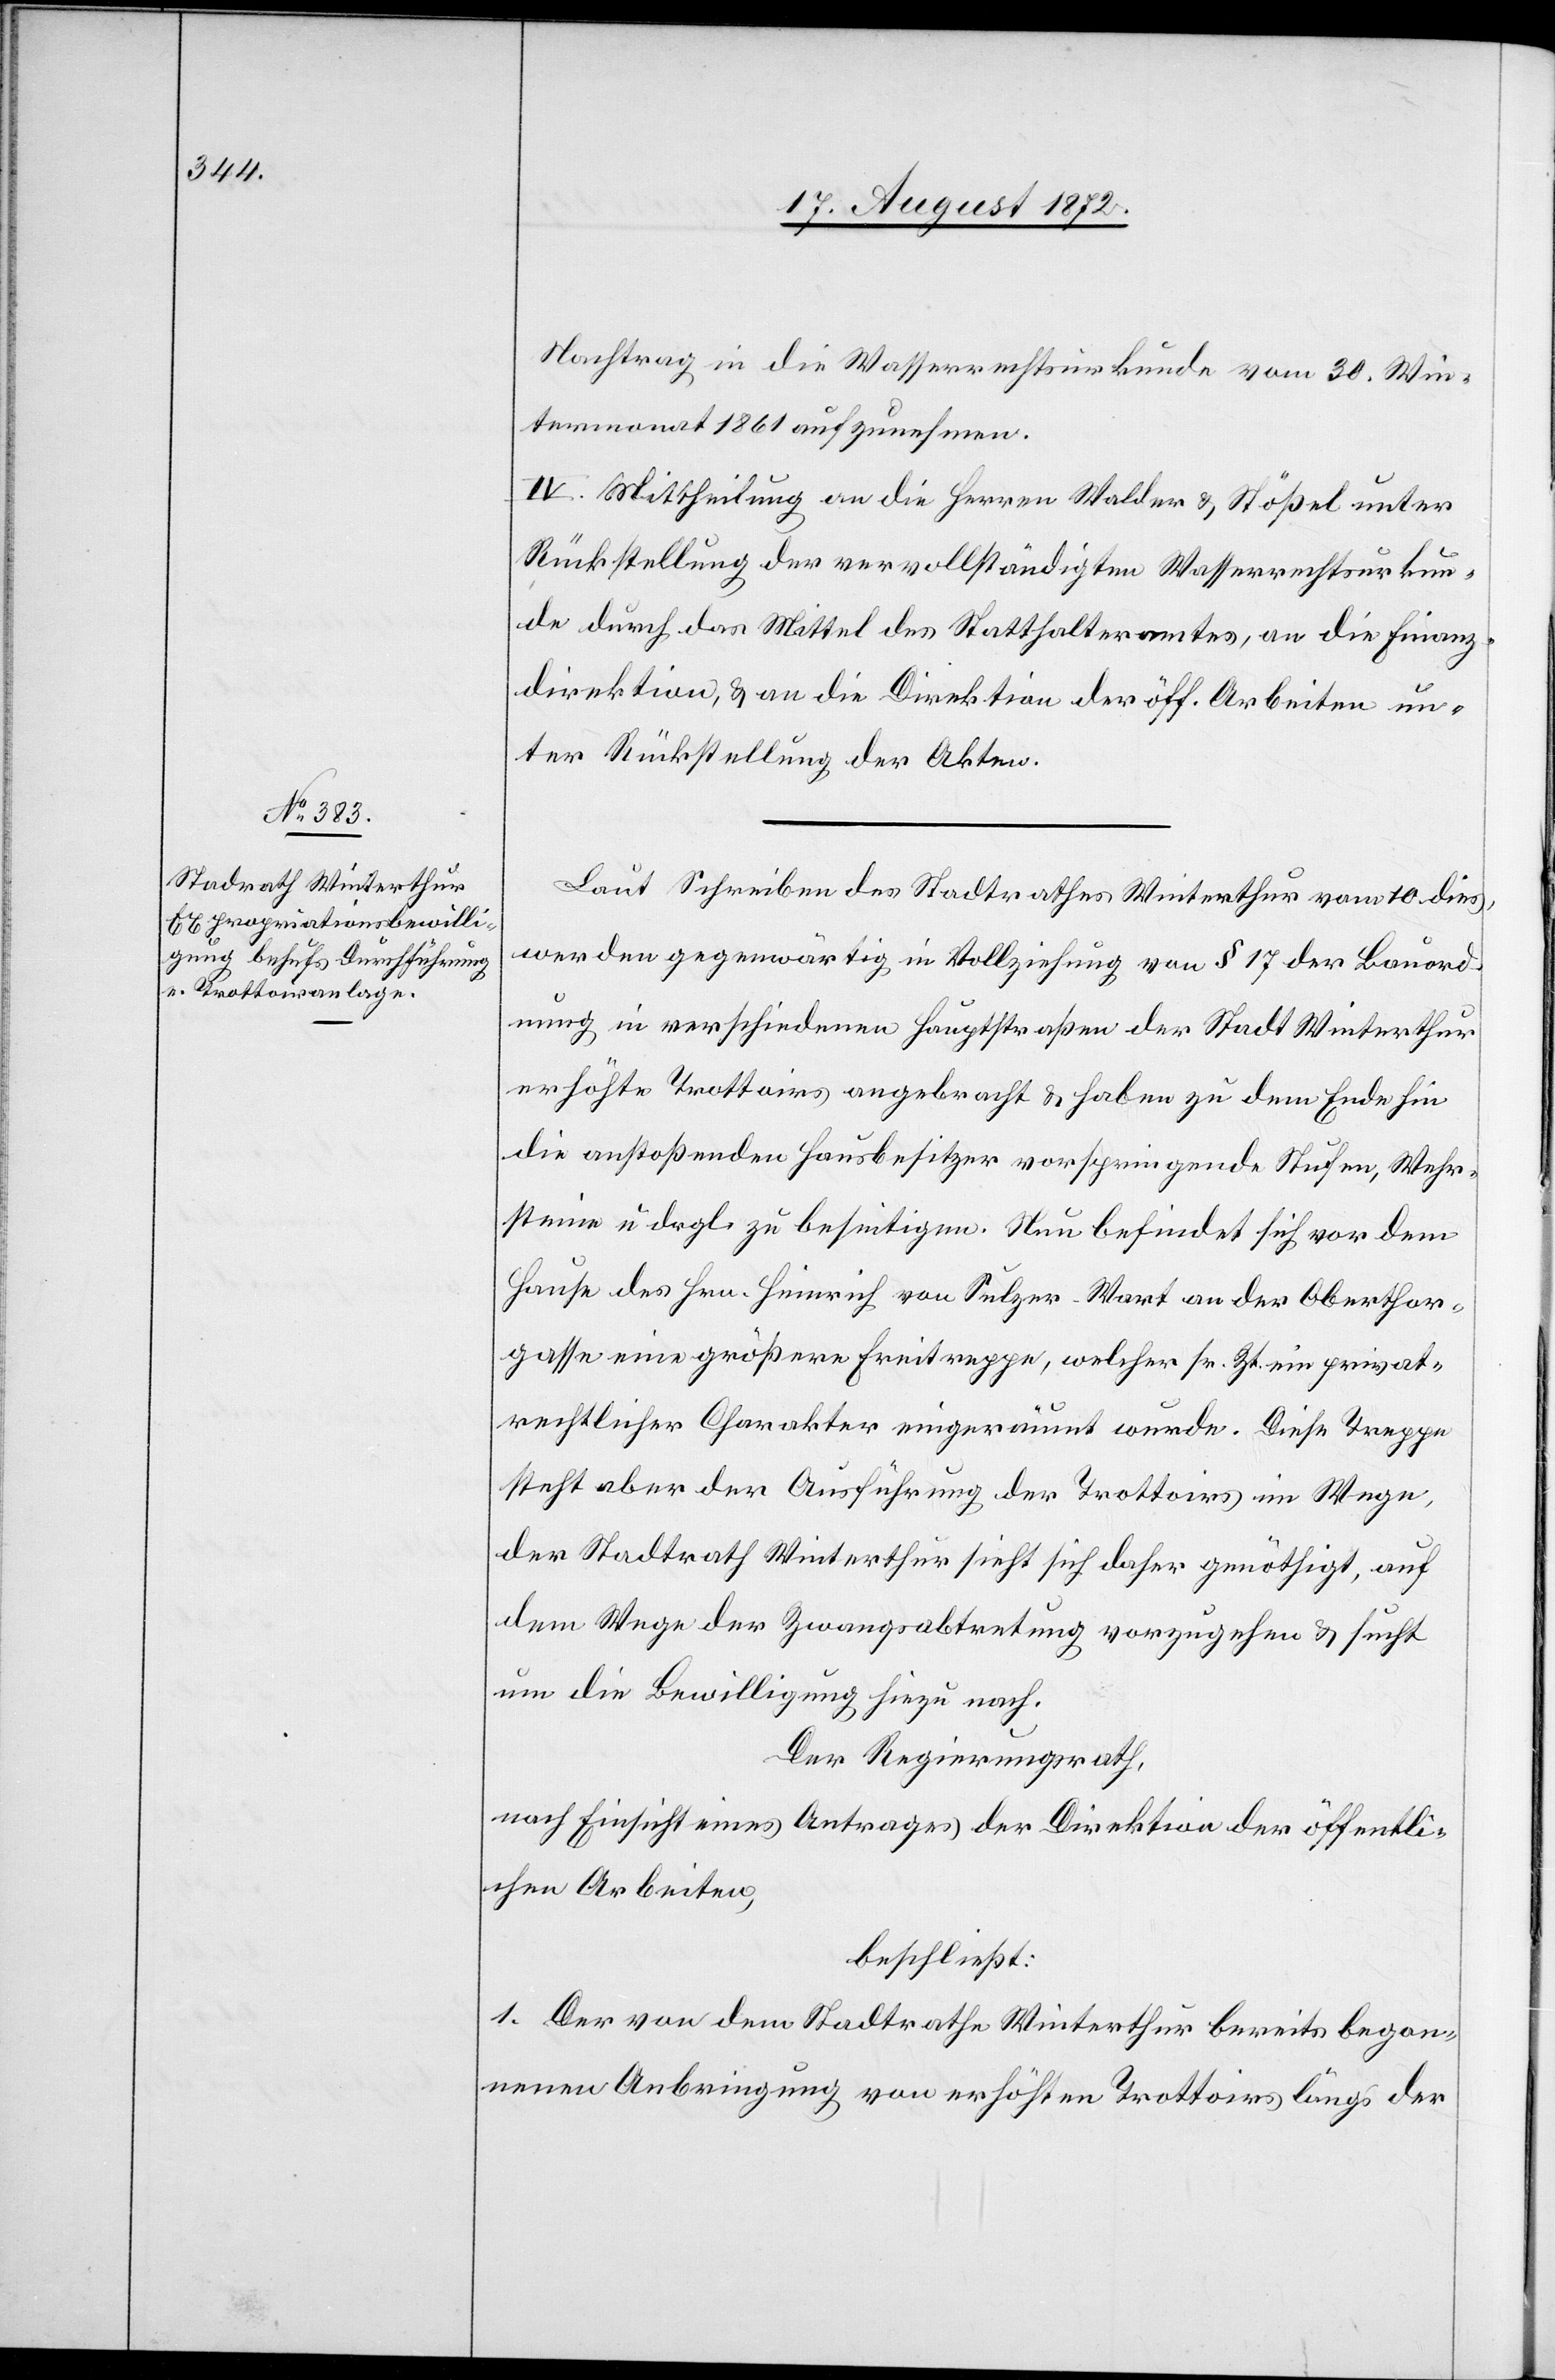
Nachtrag in die Wasserrechtsurkunde vom 30. Win¬
termonat 1861 aufzunehmen.
IV. Mittheilung an die Herren Walder u. Stößel unter
Rückstellung der vervollständigten Wasserrechtsurkun¬
de durch das Mittel des Statthalteramtes, an die Finanz¬
direktion, u. an die Direktion der öff. Arbeiten un¬
ter Rückstellung der Akten.
Laut Schreiben des Stadtrathes Winterthur vom 10. dies,
werden gegenwärtig in Vollziehung von § 17 der Bauord¬
nung in verschiedenen Hauptstraßen der Stadt Winterthur
erhöhte Trottoirs angebracht u. haben zu dem Ende hin
die anstoßenden Hausbesitzer vorspringende Stufen, Wehr¬
steine u. drgl. zu beseitigen. Nun befindet sich vor dem
Hause des Hrn. Heinrich von Sulzer-Wart an der Oberthor¬
gasse eine größere Freitreppe, welcher sr. Zt. ein privat¬
rechtlicher Charakter eingeräumt wurde. Diese Treppe
steht aber der Ausführung der Trottoirs im Wege,
der Stadtrath Winterthur sieht sich daher genöthigt, auf
dem Wege der Zwangsabtretung vorzugehen u. sucht
um die Bewilligung hiezu nach.
Der Regierungsrath,
nach Einsicht eines Antrages der Direktion der öffentli¬
chen Arbeiten,
beschließt:
1. Der von dem Stadtrathe Winterthur bereits begon¬
nenen Anbringung von erhöhten Trottoirs längs der